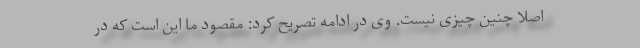
اصلا چنین چیزی نیست. وی در ادامه تصریح کرد: مقصود ما این است که در